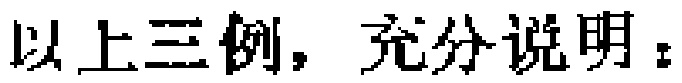
以上三例，充分说明：